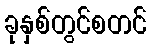
ခုနှစ်တွင်စတင်